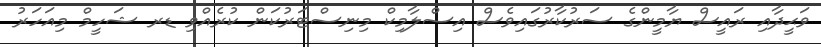
ވަޙީދާއި ރައީސް ޔާމީންގެ ސަރުކާރުގައިވެސް އިސްލާމިކް މިނިސްޓަރުކަން ކުރެއްވި ޑރ ޝަހީމް މިއަހަރު